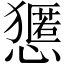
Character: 𱮬